Leaving Certificate, 1901
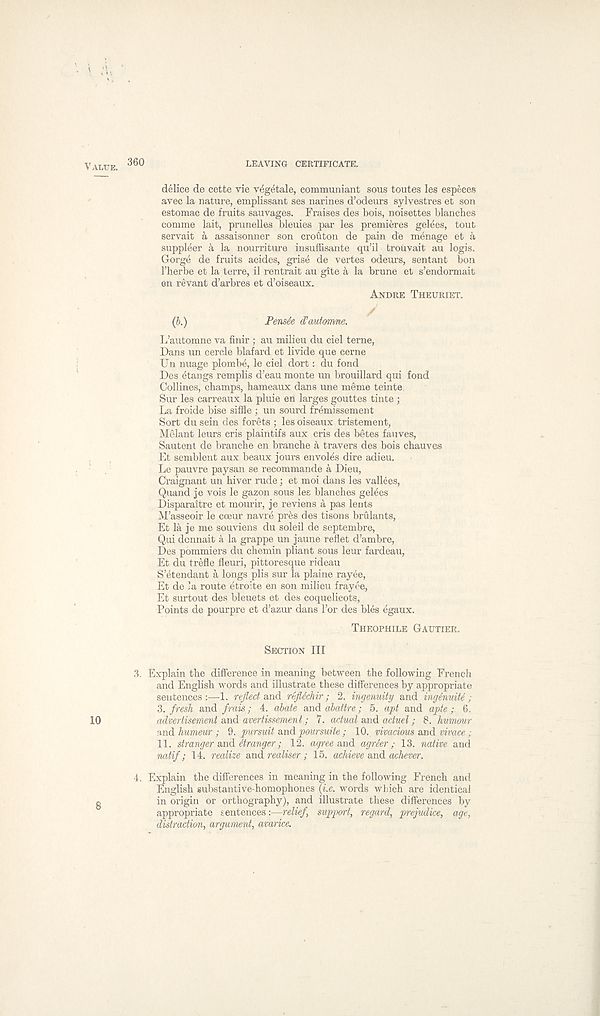
VALUE.
10
8
360
LEAVING CERTIFICATE.
delice de cette vie vegetale, communiant sous toutes les especes
avec la nature, emplissant ses narines d’odeurs sylyestres et son
estomac de fruits sauvages. Fraises des bois, noisettes blanches
comme lait, prunelles bleuies par les premieres gelees, tout
servait a assaisonner son crouton de pain de menage et a
suppleer k la nourriture insuffisante qu’il troiivait au logis.
Gorge de fruits acides, grise de vertes odeurs, sentant bon
Therbe et la terre, il rentrait au gite a la brune et s’endormait
on revant d’arbres et d’oiseaux.
ANDRE THEURIET.
(b.)
Pensie cFautomne.
L’automne va finir ; au milieu du ciel terne,
Dans un cercle blafard et livide que cerne
Un nuage plombe, le ciel dort: du fond
Des etangs remplis d’eau monte un brouillard qui fond
Collines, champs, hameaux dans une meme teinte.
Sur les carreaux la pluie en larges gouttes tinte ;
La froide bise siffle : un sourd fremissement
Sort du sein des forets ; les oiseaux tristement,
Melant leurs cris plaintifs aux cris des betes fauves,
Sautent de branche en branche a travers des bois chauves
Et semblent aux beaux jours envoles dire adieu.
Le pauvre paysan se recommande a Dieu,
Craignant un hiver rude; et moi dans les vallees,
Quand je vois le gazon sous les blanches gelees
Disparaltre et mourir, je reviens a pas lents
M’asseoir le coeur navre pr&s des tisons brulants,
Et la je me souviens du soleil de septembre,
Qui dcnnait a la grappe un jaune reflet d’ambre,
Des pommiers du chemin pliant sous leur fardeau,
Et du trefle fleuri, pittoresque rideau
S’etendant k longs plis sur la plaine rayee,
Et de ’a route etroite en son milieu frayee,
Et surtout des bleuets et des coquelicots,
Points de pourpre et d’azur dans 1’or des bles egaux.
THEOPHILE GAUTIER.
SECTION III
3. Explain the difference in meaning between the following French
and English words and illustrate these differences by appropriate
sentences:—1. reflect and refldchir; 2. ingenuity and inginuite ;
3. fresh and fmis; 4. abate and abattre; 5. apt and apte ; 6.
advertisement and avertissement; 7. actual and actuel; 8. humour
.and humeur ; 9. pursuit and pour suite ; 10. vivacious and vivace ;
11. stranger and Stranger; 12. agree and agreer; 13. native and
natif; 14. realize and realiser; 15. achieve and achever.
4. Explain the differences in meaning in the following French and
English substantive-homophones (i.e. words which are identical
in origin or orthography), and illustrate these differences by
appropriate sentences:—relief, support, regard, prejudice, age,
distraction, argument, avarice.